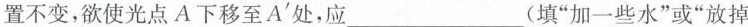
置不变，欲使光点A下移至A^{\prime}处，应___(填“加一些水”或“放掉